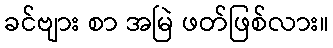
ခင်ဗျား စာ အမြဲ ဖတ်ဖြစ်လား။